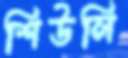
শিউলি